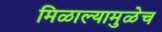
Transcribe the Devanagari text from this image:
मिळाल्यामुळेच